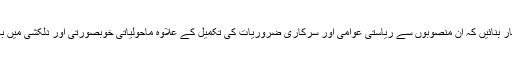
ایسا طریقہ کار بنائیں کہ ان منصوبوں سے ریاستی عوامی اور سرکاری ضروریات کی تکمیل کے علاوہ ماحولیاتی خوبصورتی اور دلکشی میں بھی اضافہ ہو۔